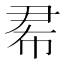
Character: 𢂜